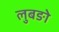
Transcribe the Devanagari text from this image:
लुबङो